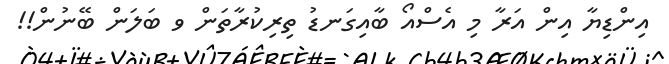
އިންޑިޔާ އިން އަރާ މި އެސްއޯ ބާއިގަނޑު ތިރިކުރާތަން ވ ބަލަން ބޭނުން!!